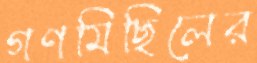
গণমিছিলের